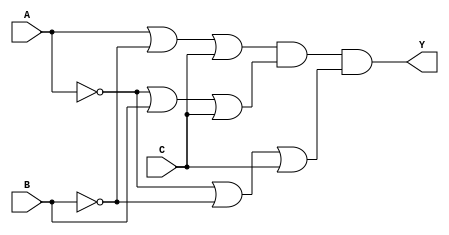
module pos_simplification (
    input wire A,  // Input variable A
    input wire B,  // Input variable B
    input wire C,  // Input variable C
    output wire Y  // Output variable Y
);

// Intermediate signals for sum terms
wire sum_term1; // Represents (A + B' + C)
wire sum_term2; // Represents (A' + B + C)
wire sum_term3; // Represents (A' + B' + C')

// Sum term 1: (A + B' + C)
assign sum_term1 = A | (~B) | C;

// Sum term 2: (A' + B + C)
assign sum_term2 = (~A) | B | C;

// Sum term 3: (A' + B' + C)
assign sum_term3 = (~A) | (~B) | C;

// Final output Y: AND of all sum terms
assign Y = sum_term1 & sum_term2 & sum_term3;

endmodule